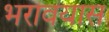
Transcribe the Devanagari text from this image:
भरावयास